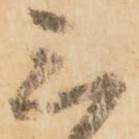
三